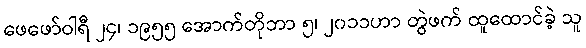
ဖေဖော်ဝါရီ ၂၄၊ ၁၉၅၅ အောက်တိုဘာ ၅၊ ၂၀၁၁ဟာ တွဲဖက် ထူထောင်ခဲ့ သူ